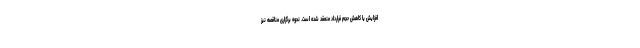
افزایش یا کاهش حجم قرارداد منعقد شده است. نحوه برگزاری مناقصه نیز